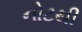
નોટથી